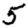
Digit: 5